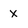
Character: x